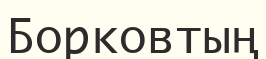
Борковтың